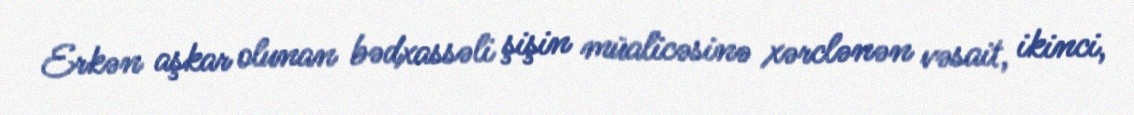
Erkən aşkar olunan bədxassəli şişin müalicəsinə xərclənən vəsait, ikinci,